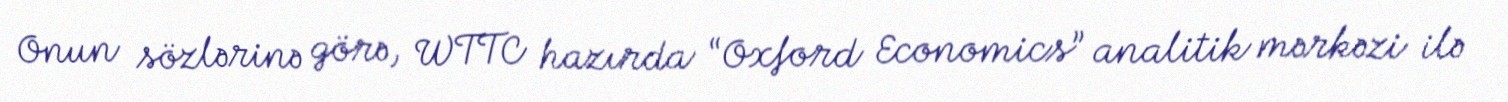
Onun sözlərinə görə, WTTC hazırda “Oxford Economics” analitik mərkəzi ilə